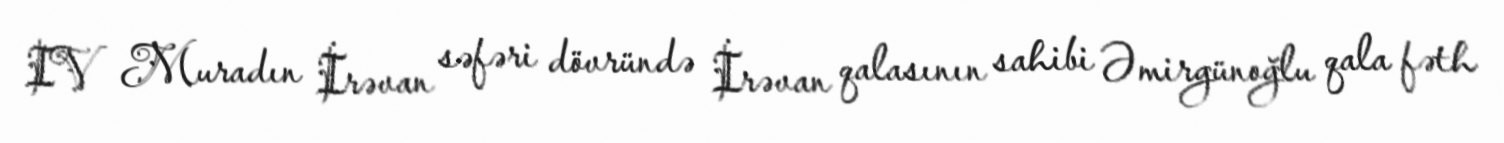
IV Muradın İrəvan səfəri dövründə İrəvan qalasının sahibi Əmirgünoğlu qala fəth